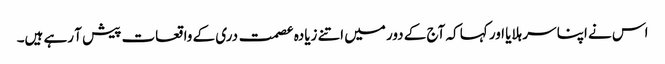
اس نے اپنا سر ہلایا اور کہا کہ آج کے دور میں اتنے زیادہ عصمت دری کے واقعات پیش آ رہے ہیں۔